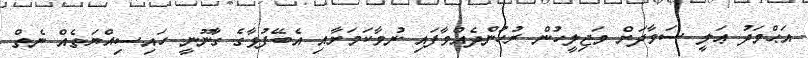
އަޙްމަދު ޢަލީ ސަވާދަށް މަޖިލީހުން ރުހުންދެއްވާފައި ނުވާކަމަށާއި އެބޭފުޅާގެ ގާނޫނީ ހައިސިއްޔަތެއް ނެތް